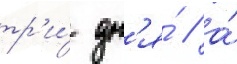
тр'и́ дн'я́ / а́